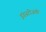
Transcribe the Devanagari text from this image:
इंडस्टीजची